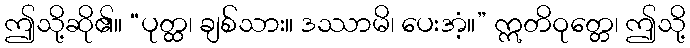
ဤသို့ဆို၏။ “ပုတ္ထ၊ ချစ်သား။ ဒဿာမိ၊ ပေးအံ့။” ဣတိဝုတ္တေ၊ ဤသို့